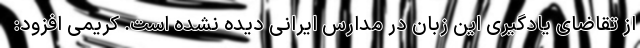
از تقاضای یادگیری این زبان در مدارس ایرانی دیده نشده است. کریمی افزود: